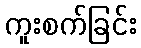
ကူးစက်ခြင်း